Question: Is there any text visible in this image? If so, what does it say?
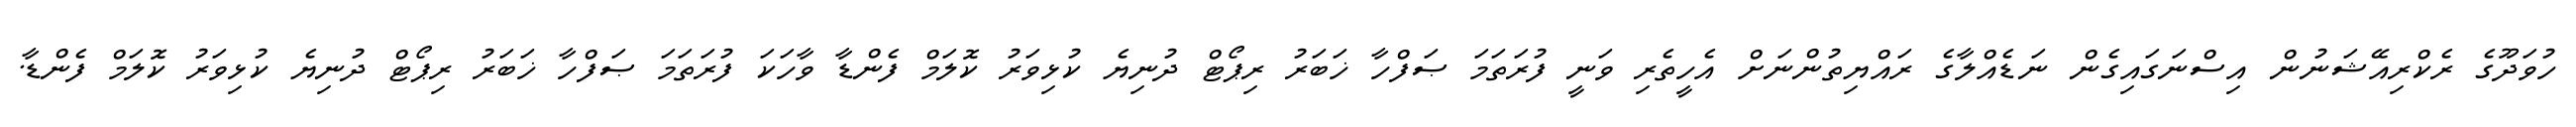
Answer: ހުވަދޫގެ ރެކްރިއޭޝަނުން އިސްނަގައިގެން ނަޑެއްލާގެ ރައްޔިތުންނަށް އެހީތެރި ވަނީ ފުރަތަމަ ޞަފްހާ ޚަބަރު ރިޕޯޓް ދުނިޔެ ކުޅިވަރު ކޮލަމް ފެންޑާ ވާހަކަ ފުރަތަމަ ޞަފްހާ ޚަބަރު ރިޕޯޓް ދުނިޔެ ކުޅިވަރު ކޮލަމް ފެންޑާ.